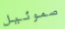
صموئيل